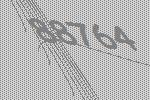
88764